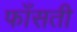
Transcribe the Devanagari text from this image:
फाँसती